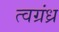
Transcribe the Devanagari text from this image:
त्वग्रंध्र